Civil Veterinary Dept. Assam report 1927-50 - 1927-1950
Year: 1927
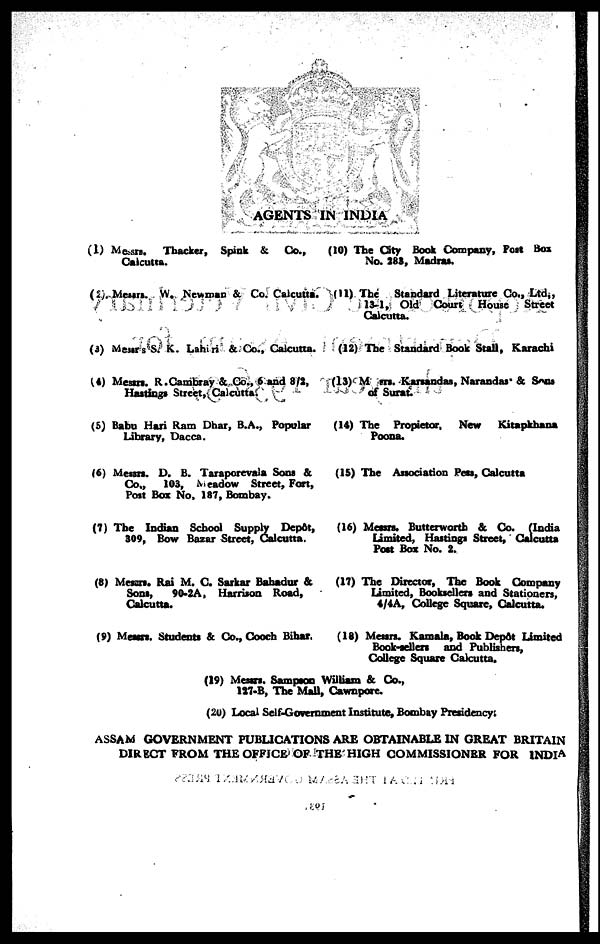
AGENTS IN INDIA
(1) Messrs. Thacker, Spink & Co.,
Calcutta.
(2) Messrs. W. Newman & Co. Calcutta.
(3) Messrs S. K. Lahiri & Co., Calcutta.
(4) Messrs. R.Cambray & Co., 6 and 8/2,
Hastings Street, Calcutta.
(5) Babu Hari Ram Dhar, B.A., Popular
Library, Dacca.
(6) Messrs. D. B. Taraporevala Sons &
Co.,
103, Meadow Street, Fort,
Pott Box No. 187, Bombay.
(7) The Indian School Supply Depôt,
S09, Bow Bazar Street, Calcutta.
(8) Messrs. Rai M. C. Sarkar Bahadur &
Sons,
90-2A, Harrison Road,
Calcutta.
(9) Messrs. Students & Co., Cooch Bihar.
(10) The City Book Company, Pott Box
No. 281, Madras.
(11) The Standard Literature Co., Ltd.,
13-1, Old Court House Street
Calcutta.
(12) The Standard Book Stall, Karachi
(13) Messrs. Karsandas, Narandas' & Sons
of Surat.
(14) The Propictor, New
Kitapkhana
Poona.
(15) The Association Pess, Calcutta
(16) Messrs. Butterworth & Co. (India
Limited, Hastings Street, Calcutta
Post Box No. 2.
(17) The Director, The Book Company
Limited, Booksellers and Stationers,
4/4A, College Square, Calcutta.
(18) Messrs. Kamala, Book Depôt Limited
Book-sellers and Publishers,
College Square Calcutta.
(19) Messrs. Sampson William & Co.,
127-B, The Mall, Cawnpore.
(20) Local Self-Government Institute, Bombay Presidency;
ASSAM GOVERNMENT PUBLICATIONS ARE OBTAINABLE IN GREAT BRITAIN
DIRECT FROM THE OFFICE OF THE HIGH COMMISSIONER FOR INDIA